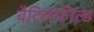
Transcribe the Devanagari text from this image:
बैटिलफील्ड